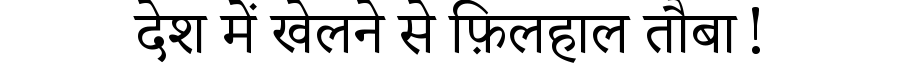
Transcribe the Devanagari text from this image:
देश में खेलने से फ़िलहाल तौबा!